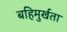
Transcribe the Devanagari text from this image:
बहिमुर्खता